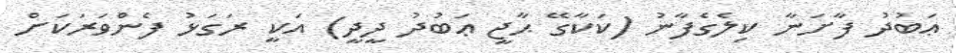
ޢަބުދު ފާށަނާ ކިލެގެފާނު (ކަކާގޭ ޙާޖީ ޢަބުދު ދީދީ) އަކީ ރަގަޅު ފެންވަރަކަށް